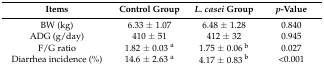
| Items | Control Group | L. casei Group | p-Value |
 | --- | --- | --- | --- |
 | BW (kg) | 6.33 ± 1.07 | 6.48 ± 1.28 | 0.840 |
 | ADG (g/day) | 410 ± 51 | 412 ± 32 | 0.945 |
 | F/G ratio | 1.82 ± 0.03 a | 1.75 ± 0.06 b | 0.027 |
 | Diarrhea incidence (%) | 14.6 ± 2.63 a | 4.17 ± 0.83 b | <0.001 |